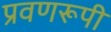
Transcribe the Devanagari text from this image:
प्रवणरूपी